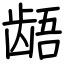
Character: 龉